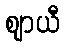
ဈာယီ